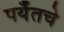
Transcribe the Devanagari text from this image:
पर्यँतचे